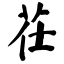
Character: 茌